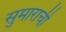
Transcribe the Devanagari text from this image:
सुमाराची